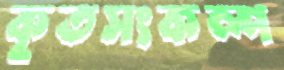
কৃতসংকল্প